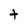
Character: t